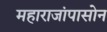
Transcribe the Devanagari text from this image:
महाराजांपासोन